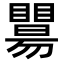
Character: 𥌖